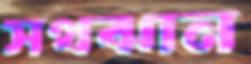
সথঝান